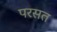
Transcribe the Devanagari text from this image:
परसत